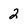
Character: 2